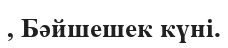
, Бәйшешек күні.